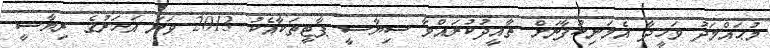
މުޙައްމަދު ވަހީދާ އެމަނިކުފާނަށް ތާއީދުކުރައްވާ ސިޔާސީ ޕާޓީތަކާއެކު 2013 ވަނަ އަަހަރުގެ ރިޔާސީ